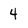
Character: 4